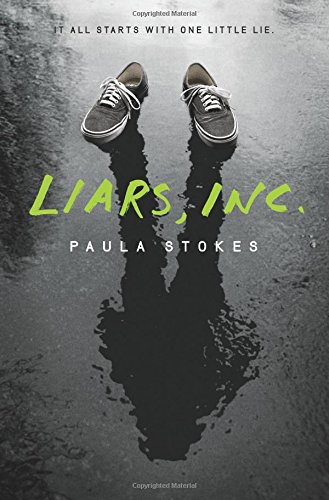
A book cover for Liars, Inc.; Paula Stokes; Teen & Young Adult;